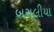
બગલીયા